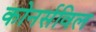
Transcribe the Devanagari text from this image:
कोनर्सविल